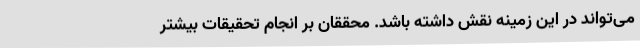
می‌تواند در این زمینه نقش داشته باشد. محققان بر انجام تحقیقات بیشتر